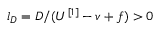
l _ { D } = D / ( U ^ { [ 1 ] } - v + f ) > 0